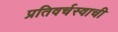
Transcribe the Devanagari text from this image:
प्रतिवर्चस्वाची